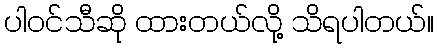
ပါဝင်သီဆို ထားတယ်လို့ သိရပါတယ်။